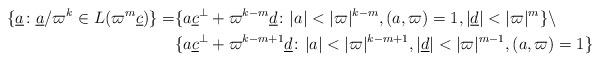
LaTeX: \begin{align*}\{\underline{a}\colon \underline{a}/\varpi^k \in L(\varpi^m\underline{c})\}=&\{a\underline{c}^\bot+\varpi^{k-m}\underline{d}\colon |a|<|\varpi|^{k-m}, (a,\varpi)=1, |\underline{d}|<|\varpi|^m\}\setminus \\&\{a\underline{c}^\bot +\varpi^{k-m+1}\underline{d}\colon |a|<|\varpi|^{k-m+1},|\underline{d}|<|\varpi|^{m-1}, (a,\varpi)=1\}\end{align*}